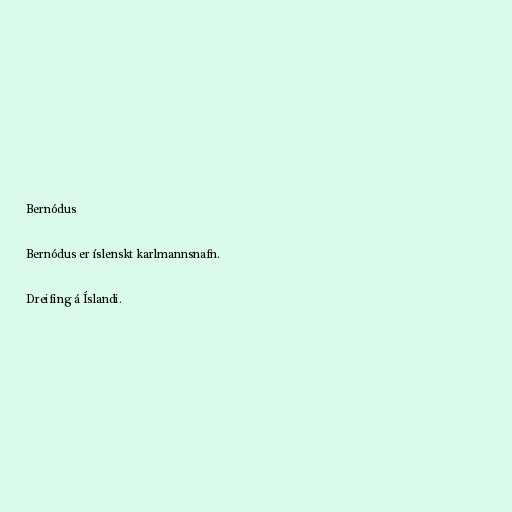
Bernódus

Bernódus er íslenskt karlmannsnafn.

Dreifing á Íslandi.